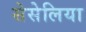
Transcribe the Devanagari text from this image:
सेसेलिया